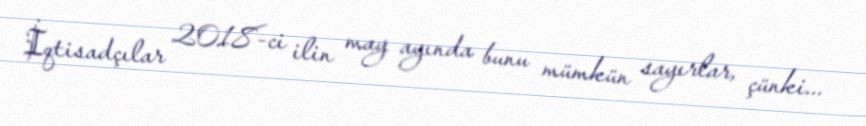
İqtisadçılar 2018-ci ilin may ayında bunu mümkün sayırlar, çünki...